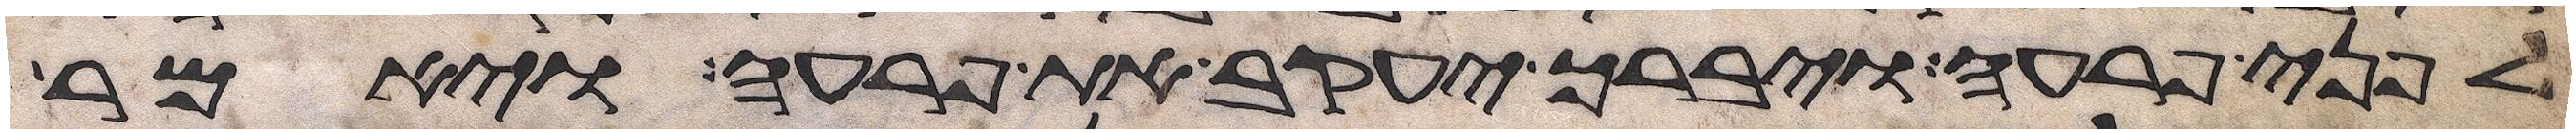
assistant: לפני פרעה ויברך יעקב את פרעה ויאמר